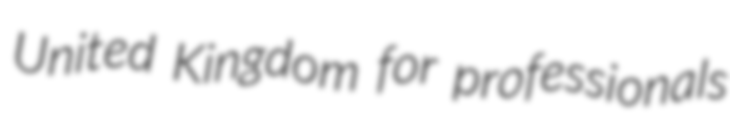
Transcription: United Kingdom for professionals